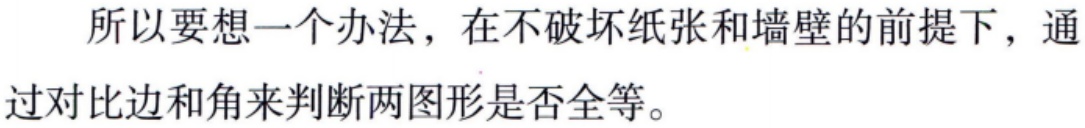
所以要想一个办法，在不破坏纸张和墙壁的前提下，通过对比边和角来判断两图形是否全等。